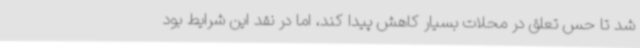
شد تا حس تعلق در محلات بسیار کاهش پیدا کند، اما در نقد این شرایط بود